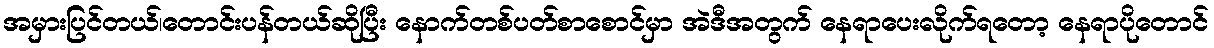
အမှားပြင်တယ်၊တောင်းပန်တယ်ဆိုပြီး နောက်တစ်ပတ်စာစောင်မှာ အဲဒီအတွက် နေရာပေးလိုက်ရတော့ နေရာပိုတောင်